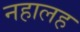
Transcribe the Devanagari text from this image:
नहालह